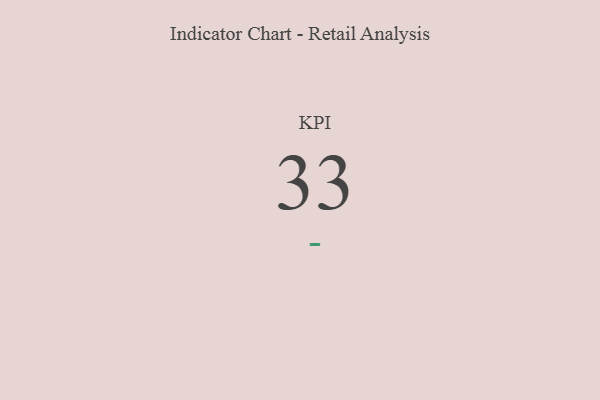
{"axis": {"x": "KPI", "y": "Value"}, "legend": [""], "data": [{"x": "KPI", "y": 33, "type": ""}]}